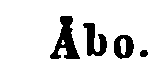
Åbo.